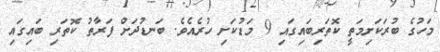
މަހުގެ ބުރަކަށިމަތީ ކޮތަރިބައިގައި 9 މަޑުކަށި ހުރެއެވެ. ބަނޑުދަށް ފަރާތު ކޮތަރި ބައިގައި